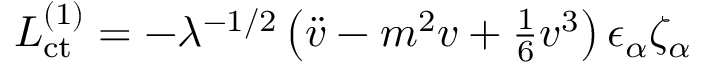
{ \cal L } _ { \mathrm { c t } } ^ { ( 1 ) } = - \lambda ^ { - 1 / 2 } \left( \ddot { v } - m ^ { 2 } v + { \textstyle { \frac { 1 } { 6 } } } v ^ { 3 } \right) \epsilon _ { \alpha } \zeta _ { \alpha }